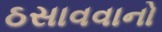
ઠસાવવાનો